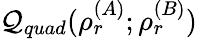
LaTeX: \mathcal{Q}_{quad}(\rho_{r}^{(A)};\rho_{r}^{(B)})